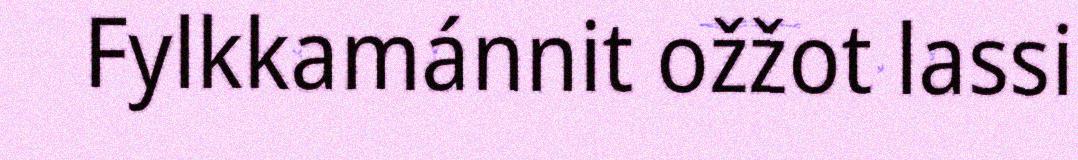
Fylkkamánnit ožžot lassi